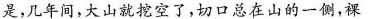
是，几年间，大山就挖空了，切口总在山的一侧，裸